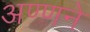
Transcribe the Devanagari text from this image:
अण्णने